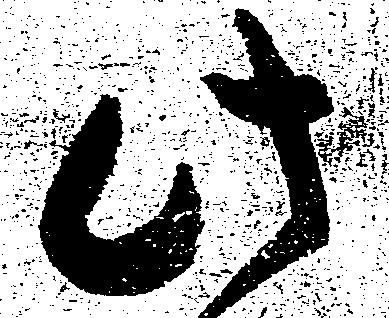
此